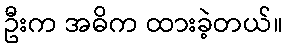
ဦးက အဓိက ထားခဲ့တယ်။